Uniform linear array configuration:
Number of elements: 12
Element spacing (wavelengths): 0.25
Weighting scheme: hamming
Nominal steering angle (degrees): -15
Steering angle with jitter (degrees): -14.676
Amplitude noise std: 0.05
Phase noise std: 0.05

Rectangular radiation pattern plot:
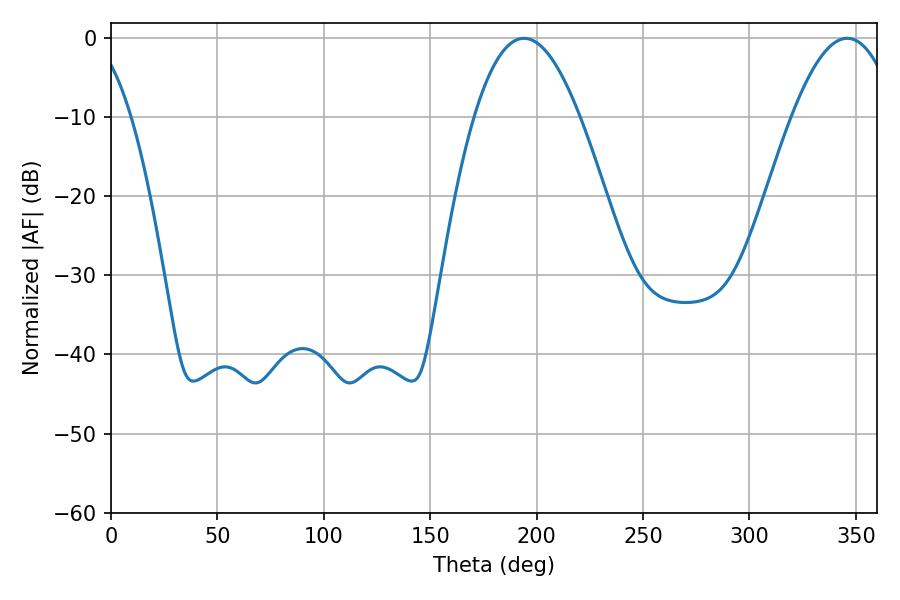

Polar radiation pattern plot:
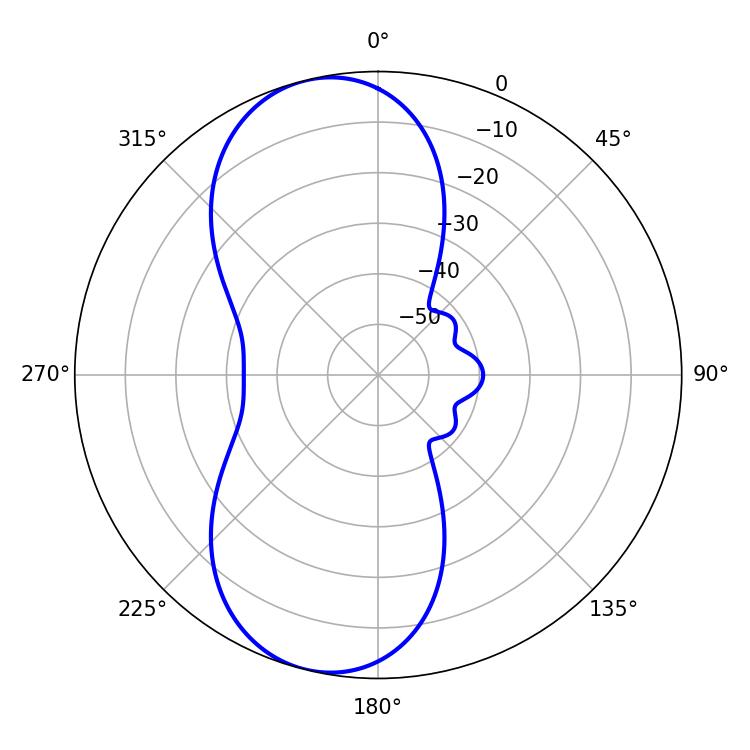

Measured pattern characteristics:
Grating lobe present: FALSE
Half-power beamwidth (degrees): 27.18
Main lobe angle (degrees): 194.04